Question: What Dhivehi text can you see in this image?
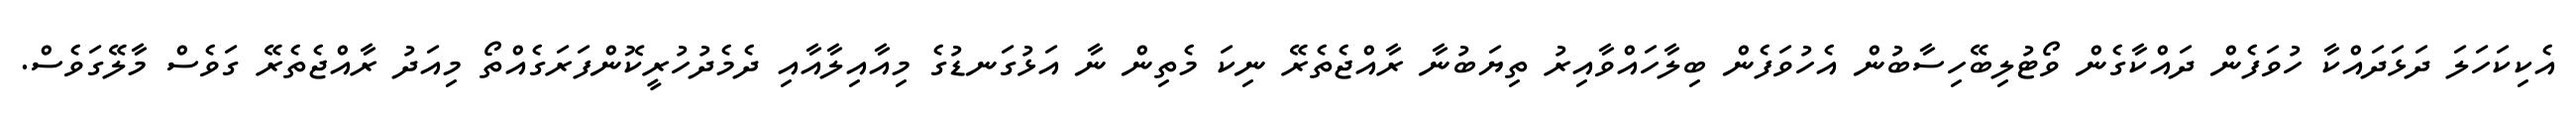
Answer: އެކިކަހަލަ ދަޅަދައްކާ ހުވަފެން ދައްކާގެން ވޯޓުލިބޭހިސާބުން އެހުވަފެން ބިލާހައްވާއިރު ތިޔަބުނާ ރާއްޖެތެރޭ ނިކަ މެތިން ނާ އަޅުގަނޑުގެ މިއާއިލާއާއި ދެމެދުހުރީކޮންފަރަގެއްތޯ މިއަދު ރާއްޖެތެރޭ ގަވެސް މާލޭގަވެސް.